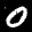
Label: 0